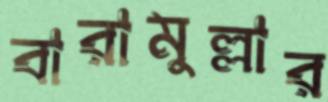
বারামুল্লার